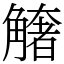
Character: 𧤺